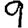
Digit: 9